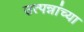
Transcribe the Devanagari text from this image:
उत्पन्नांच्या